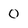
Character: O